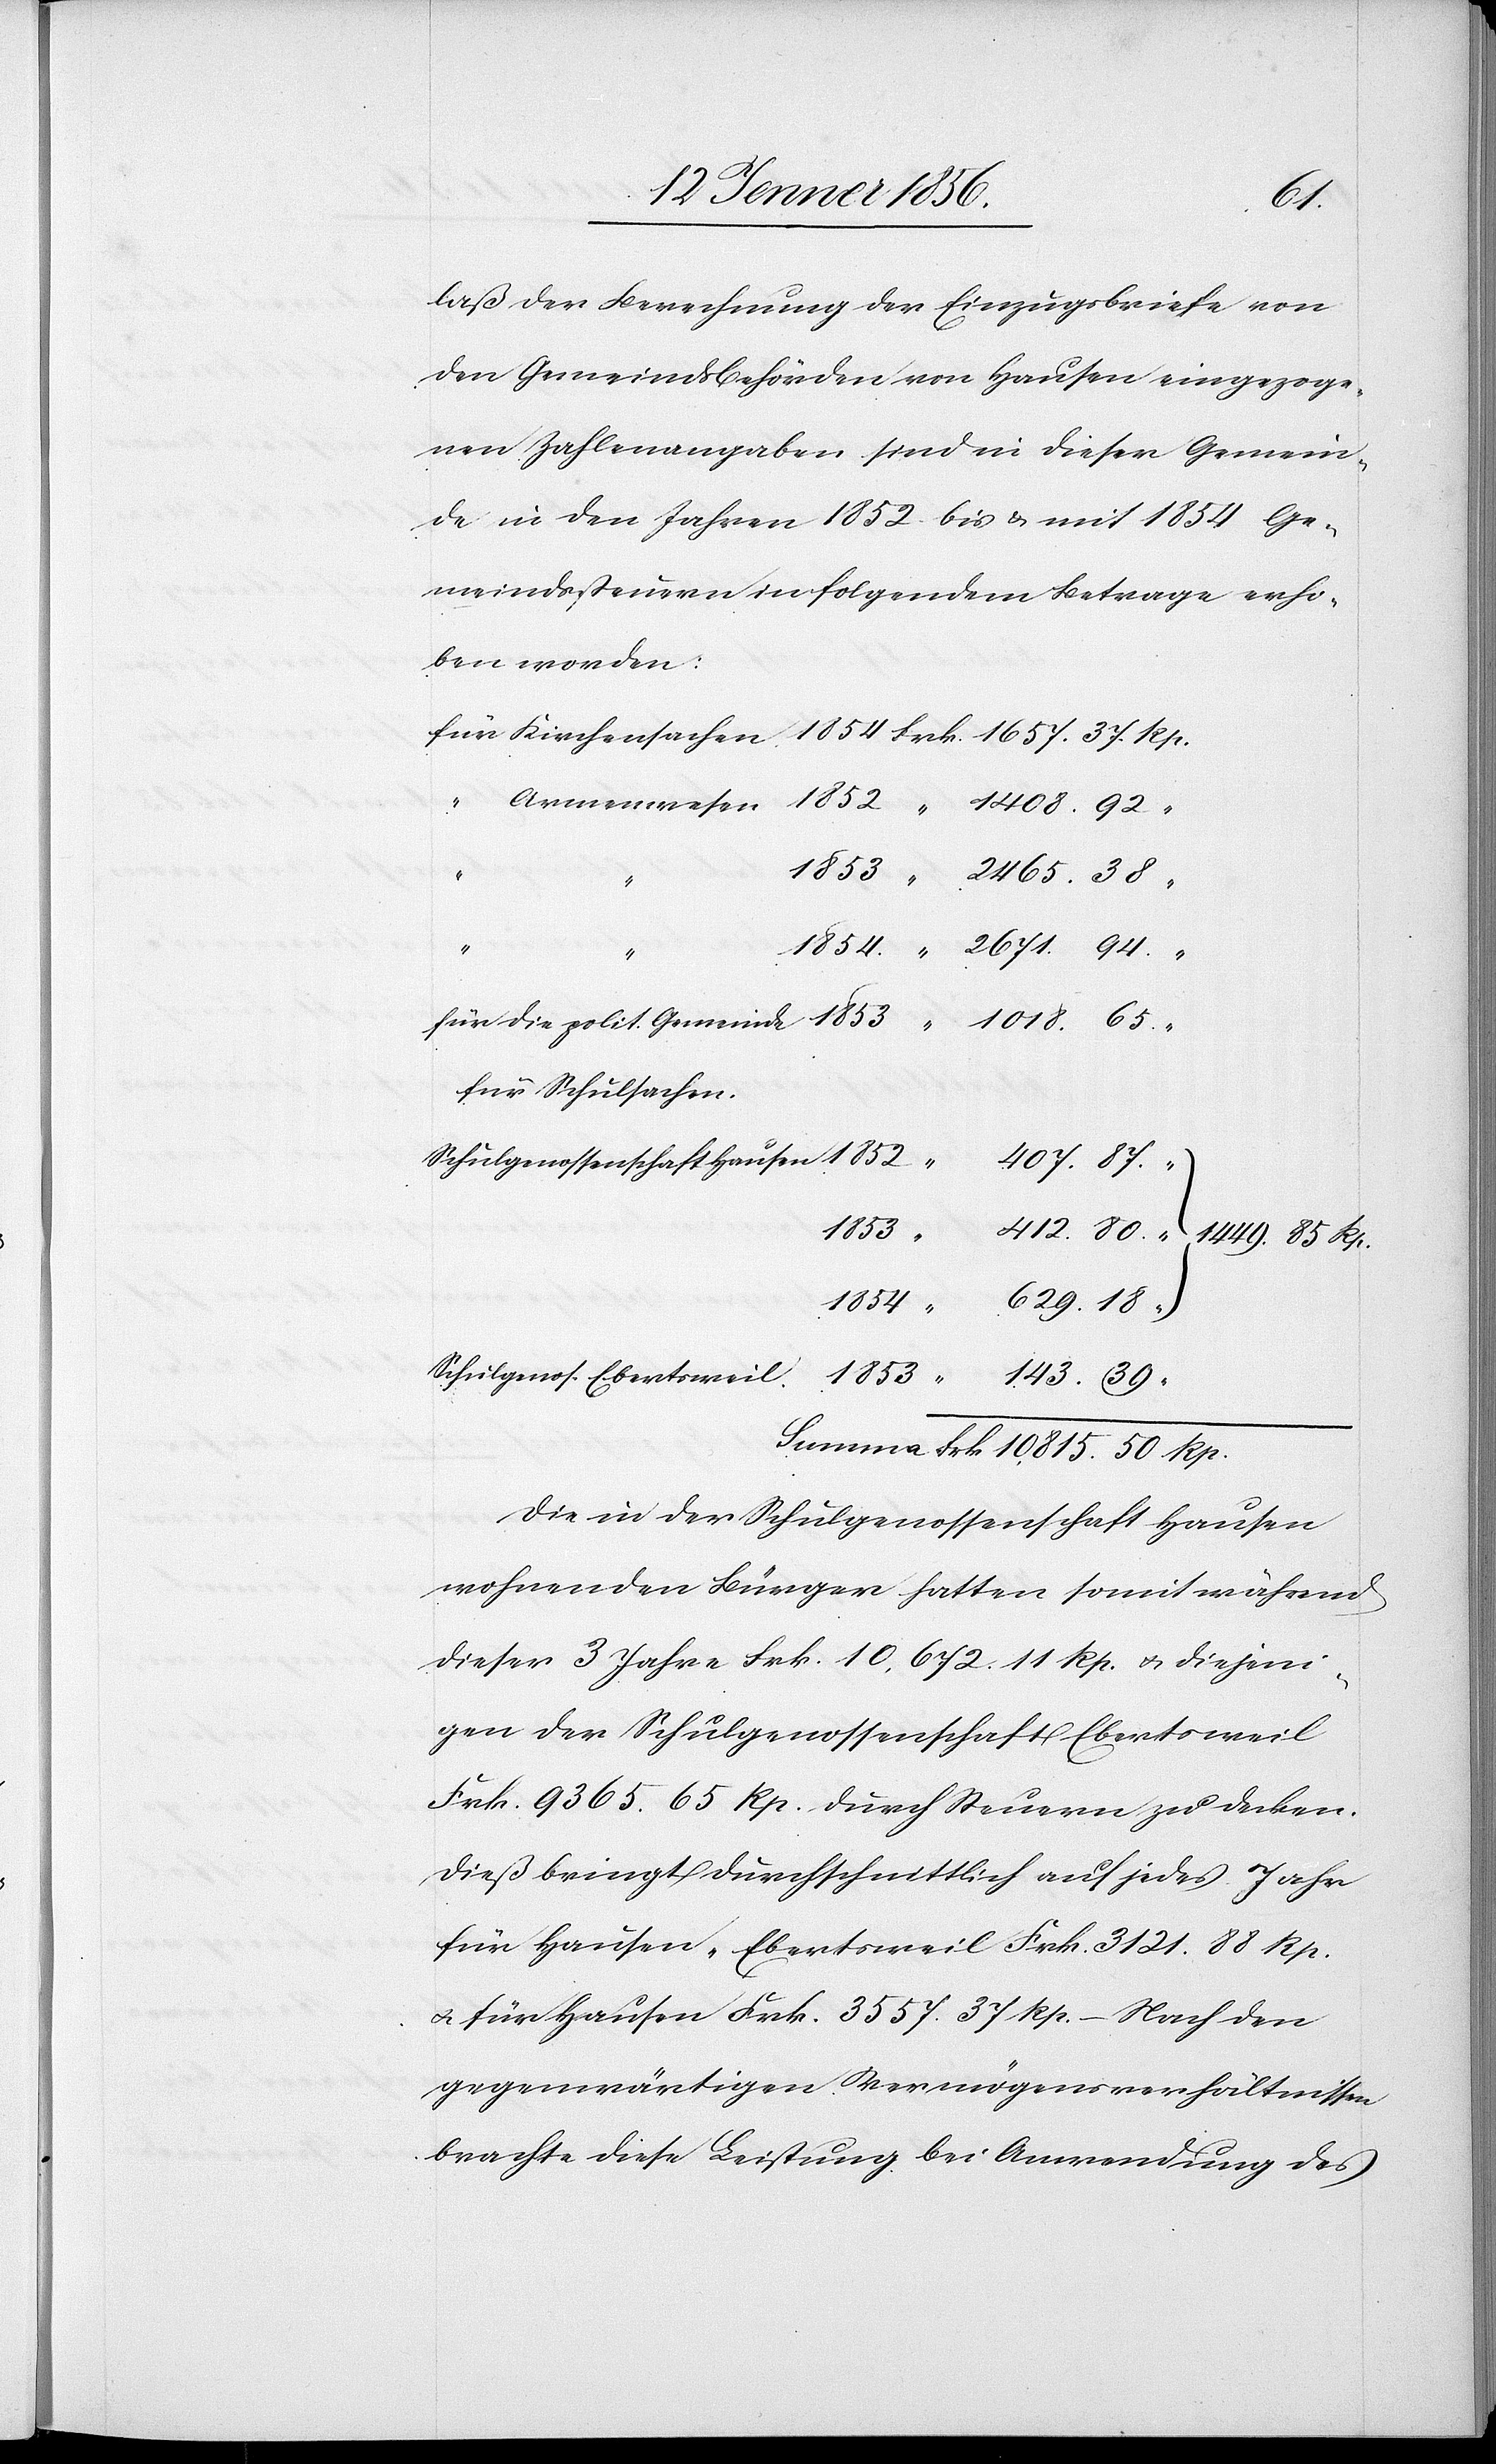
50
laß der Berechnung der Einzugsbriefe von
den Gemeindsbehörden von Hausen eingezoge¬
nen Zahlenangaben sind in dieser Gemein¬
de in den Jahren 1852 bis u. mit 1854 Ge¬
meindssteuern in folgendem Betrage erho¬
ben worden:
Rp.
für Schulsachen.
Schugenossenschaft Hausen
1449. 85
1853
Die in der Schulgenossenschaft Hausen
wohnenden Bürger hatten somit während
dieser 3 Jahre Frk. 10,672.11 Rp. u. diejeni¬
gen der Schulgenossenschaft Ebertsweil
Frk. 9365. 65 Rp. durch Steuern zu decken.
Dieß bringt durchschnittlich auf jedes Jahr
für Hausen-Ebertsweil Frk. 3121. 88 Rp.
u. für Hausen Frk. 355. 37 Rp. – Nach den
gegenwärtigen Vermögensverhältnissen
brachte diese Leistung bei Anwendung des